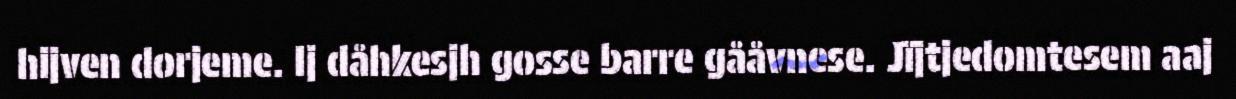
hijven dorjeme. Ij dåhkesjh gosse barre gååvnese. Jïjtjedomtesem aaj